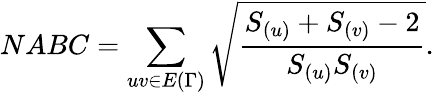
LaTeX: NABC=\sum_{uv\in E{(\Gamma)}}\sqrt{\frac{S_{(u)}+S_{(v)}-2}{S_{(u)}S_{(v)}}}.